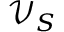
\mathcal { V } _ { S }